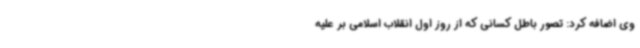
وی اضافه کرد: تصور باطل کسانی که از روز اول انقلاب اسلامی بر علیه